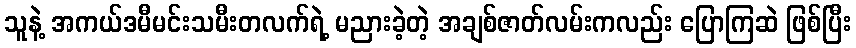
သူနဲ့ အကယ်ဒမီမင်းသမီးတလက်ရဲ့ မညားခဲ့တဲ့ အချစ်ဇာတ်လမ်းကလည်း ပြောကြဆဲ ဖြစ်ပြီး